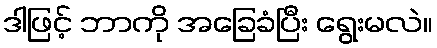
ဒါဖြင့် ဘာကို အခြေခံပြီး ရွေးမလဲ။